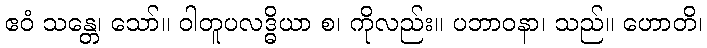
ဧဝံ သန္တေ၊ သော်။ ဝါတူပလဒ္ဓိယာ စ၊ ကိုလည်း။ ပဘာဝနာ၊ သည်။ ဟောတိ၊